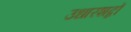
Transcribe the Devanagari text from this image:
उधारशब्दों